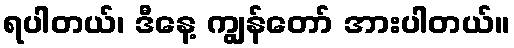
ရပါတယ်၊ ဒီနေ့ ကျွန်တော် အားပါတယ်။